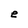
Character: e